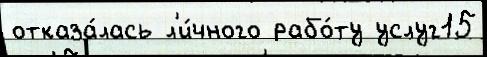
отказа́лась л'и́чного рабо́ту услуг15